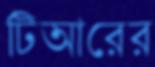
টিআরের